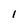
Character: 1